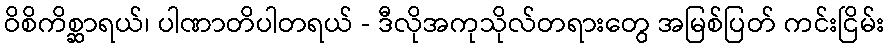
ဝိစိကိစ္ဆာရယ်၊ ပါဏာတိပါတရယ် - ဒီလိုအကုသိုလ်တရားတွေ အမြစ်ပြတ် ကင်းငြိမ်း